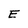
Character: E